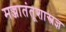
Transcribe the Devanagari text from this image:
मज्जातंतूशास्त्रज्ञ